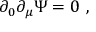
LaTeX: \partial _ { 0 } \partial _ { \mu } \Psi = 0 \ ,